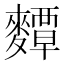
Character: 𪍵